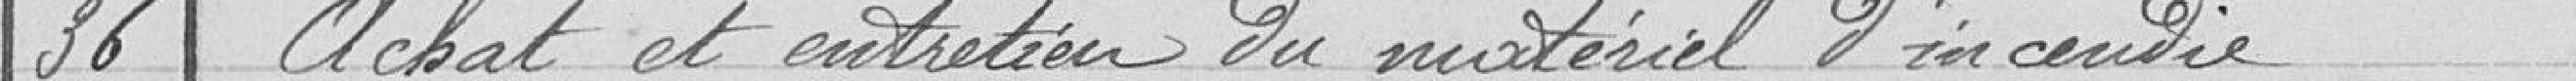
36 Achat et entretien du matériel d'incendie